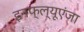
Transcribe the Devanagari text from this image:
इनफ्ल्यूएंजा